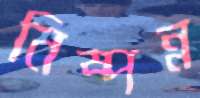
নিষ্পন্ন